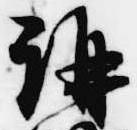
講